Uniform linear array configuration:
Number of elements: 4
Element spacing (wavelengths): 0.5
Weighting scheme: uniform
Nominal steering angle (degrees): -15
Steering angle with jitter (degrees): -14.119
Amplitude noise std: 0.05
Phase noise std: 0.05

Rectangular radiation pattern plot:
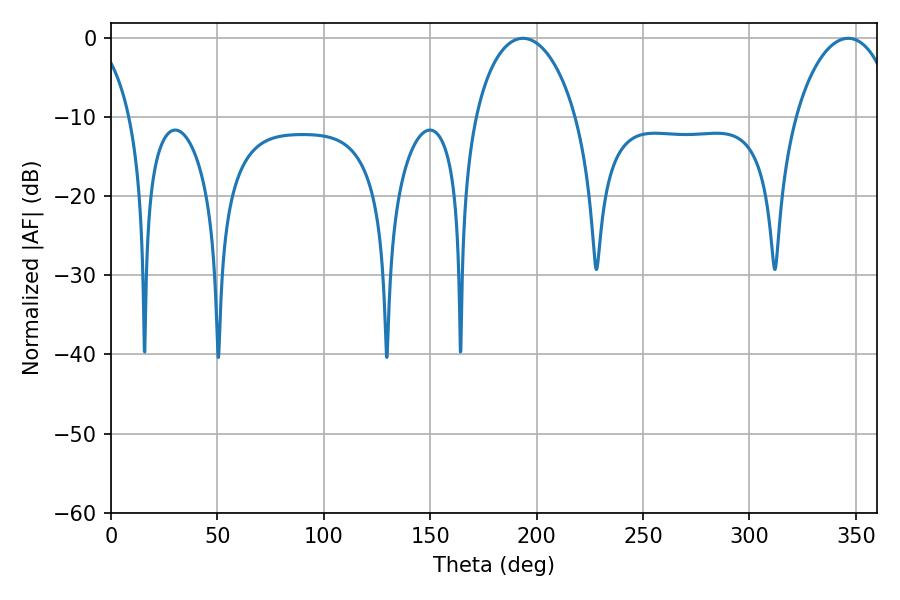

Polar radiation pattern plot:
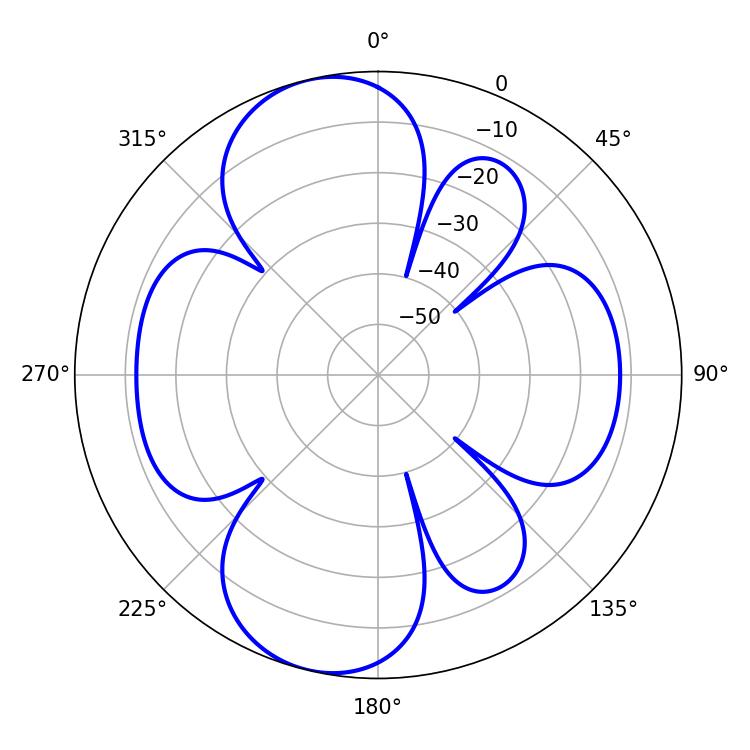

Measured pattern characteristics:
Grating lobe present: FALSE
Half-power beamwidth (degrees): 27.18
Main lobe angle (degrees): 193.5